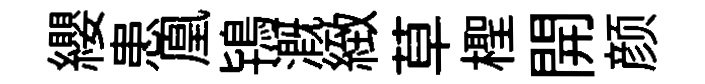
纓患凰鴇溉緻草檉開颜